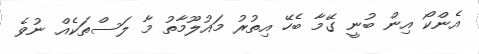
އެންކޯ އިން ބުނީ ގޭމާ ބެހޭ އިތުރު މައުލޫމާތު މާ ލަސްތަކެއް ނުވެ